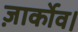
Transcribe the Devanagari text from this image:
ज़ार्कोव।